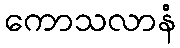
ကောသလာနံ